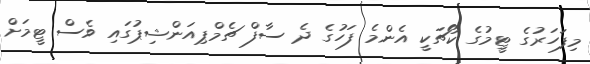
މިފަހަރުގެ ޓީމުގެ ކޯޗަކީ އެންމެ ފަހުގެ ދެ ސާފް ޗެމްޕިއަންޝިޕުގައި ވެސް ޓީމަށް